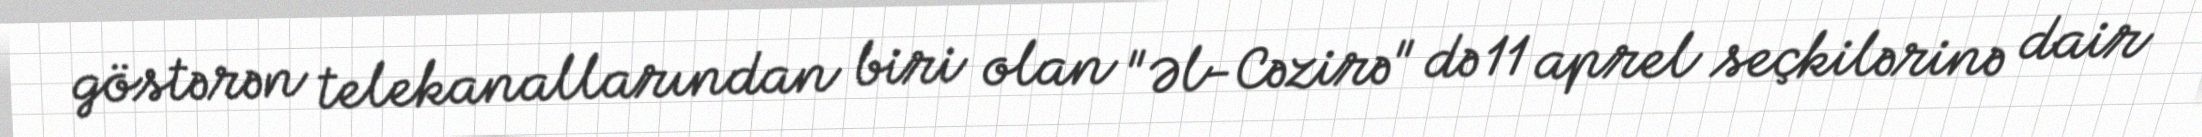
göstərən telekanallarından biri olan "Əl-Cəzirə" də 11 aprel seçkilərinə dair